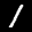
Label: 1